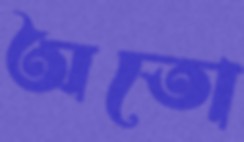
অতো